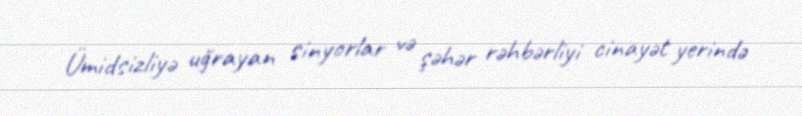
Ümidsizliyə uğrayan sinyorlar və şəhər rəhbərliyi cinayət yerində